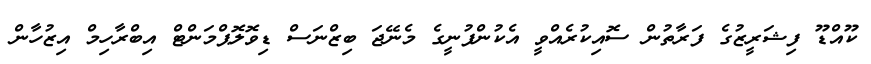
ކޫއްޑޫ ފިޝަރީޒުގެ ފަރާތުން ސޮއިކުރެއްވީ އެކުންފުނީގެ މެނޭޖަ ބިޒްނަސް ޑިވޮލޮޕްމަންޓް އިބްރާހިމް އިޒުހާން